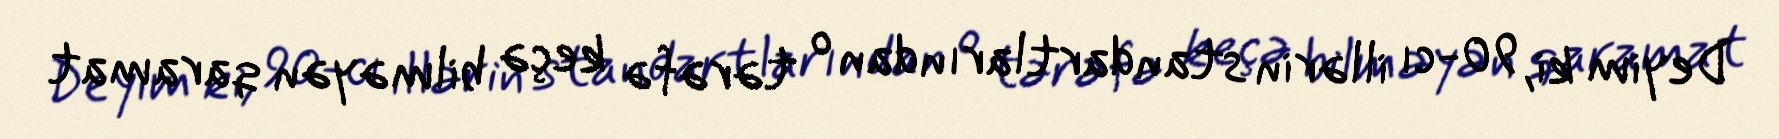
Deyim ki, 90-cı illərin standartlarından o tərəfə keçə bilməyən qaramat